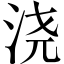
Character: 浇